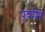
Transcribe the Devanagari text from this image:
पृथ्वीने